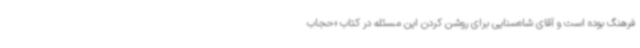
فرهنگ بوده است و آقای شاه‌سنایی برای روشن کردن این مسئله در کتاب «حجاب